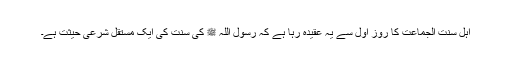
اہل سنت الجماعت کا روزِ اول سے یہ عقیدہ رہا ہے کہ رسول اللہ ﷺ کی سنت کی ایک مستقل شرعی حیثت ہے۔